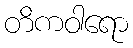
တိကဝါရော